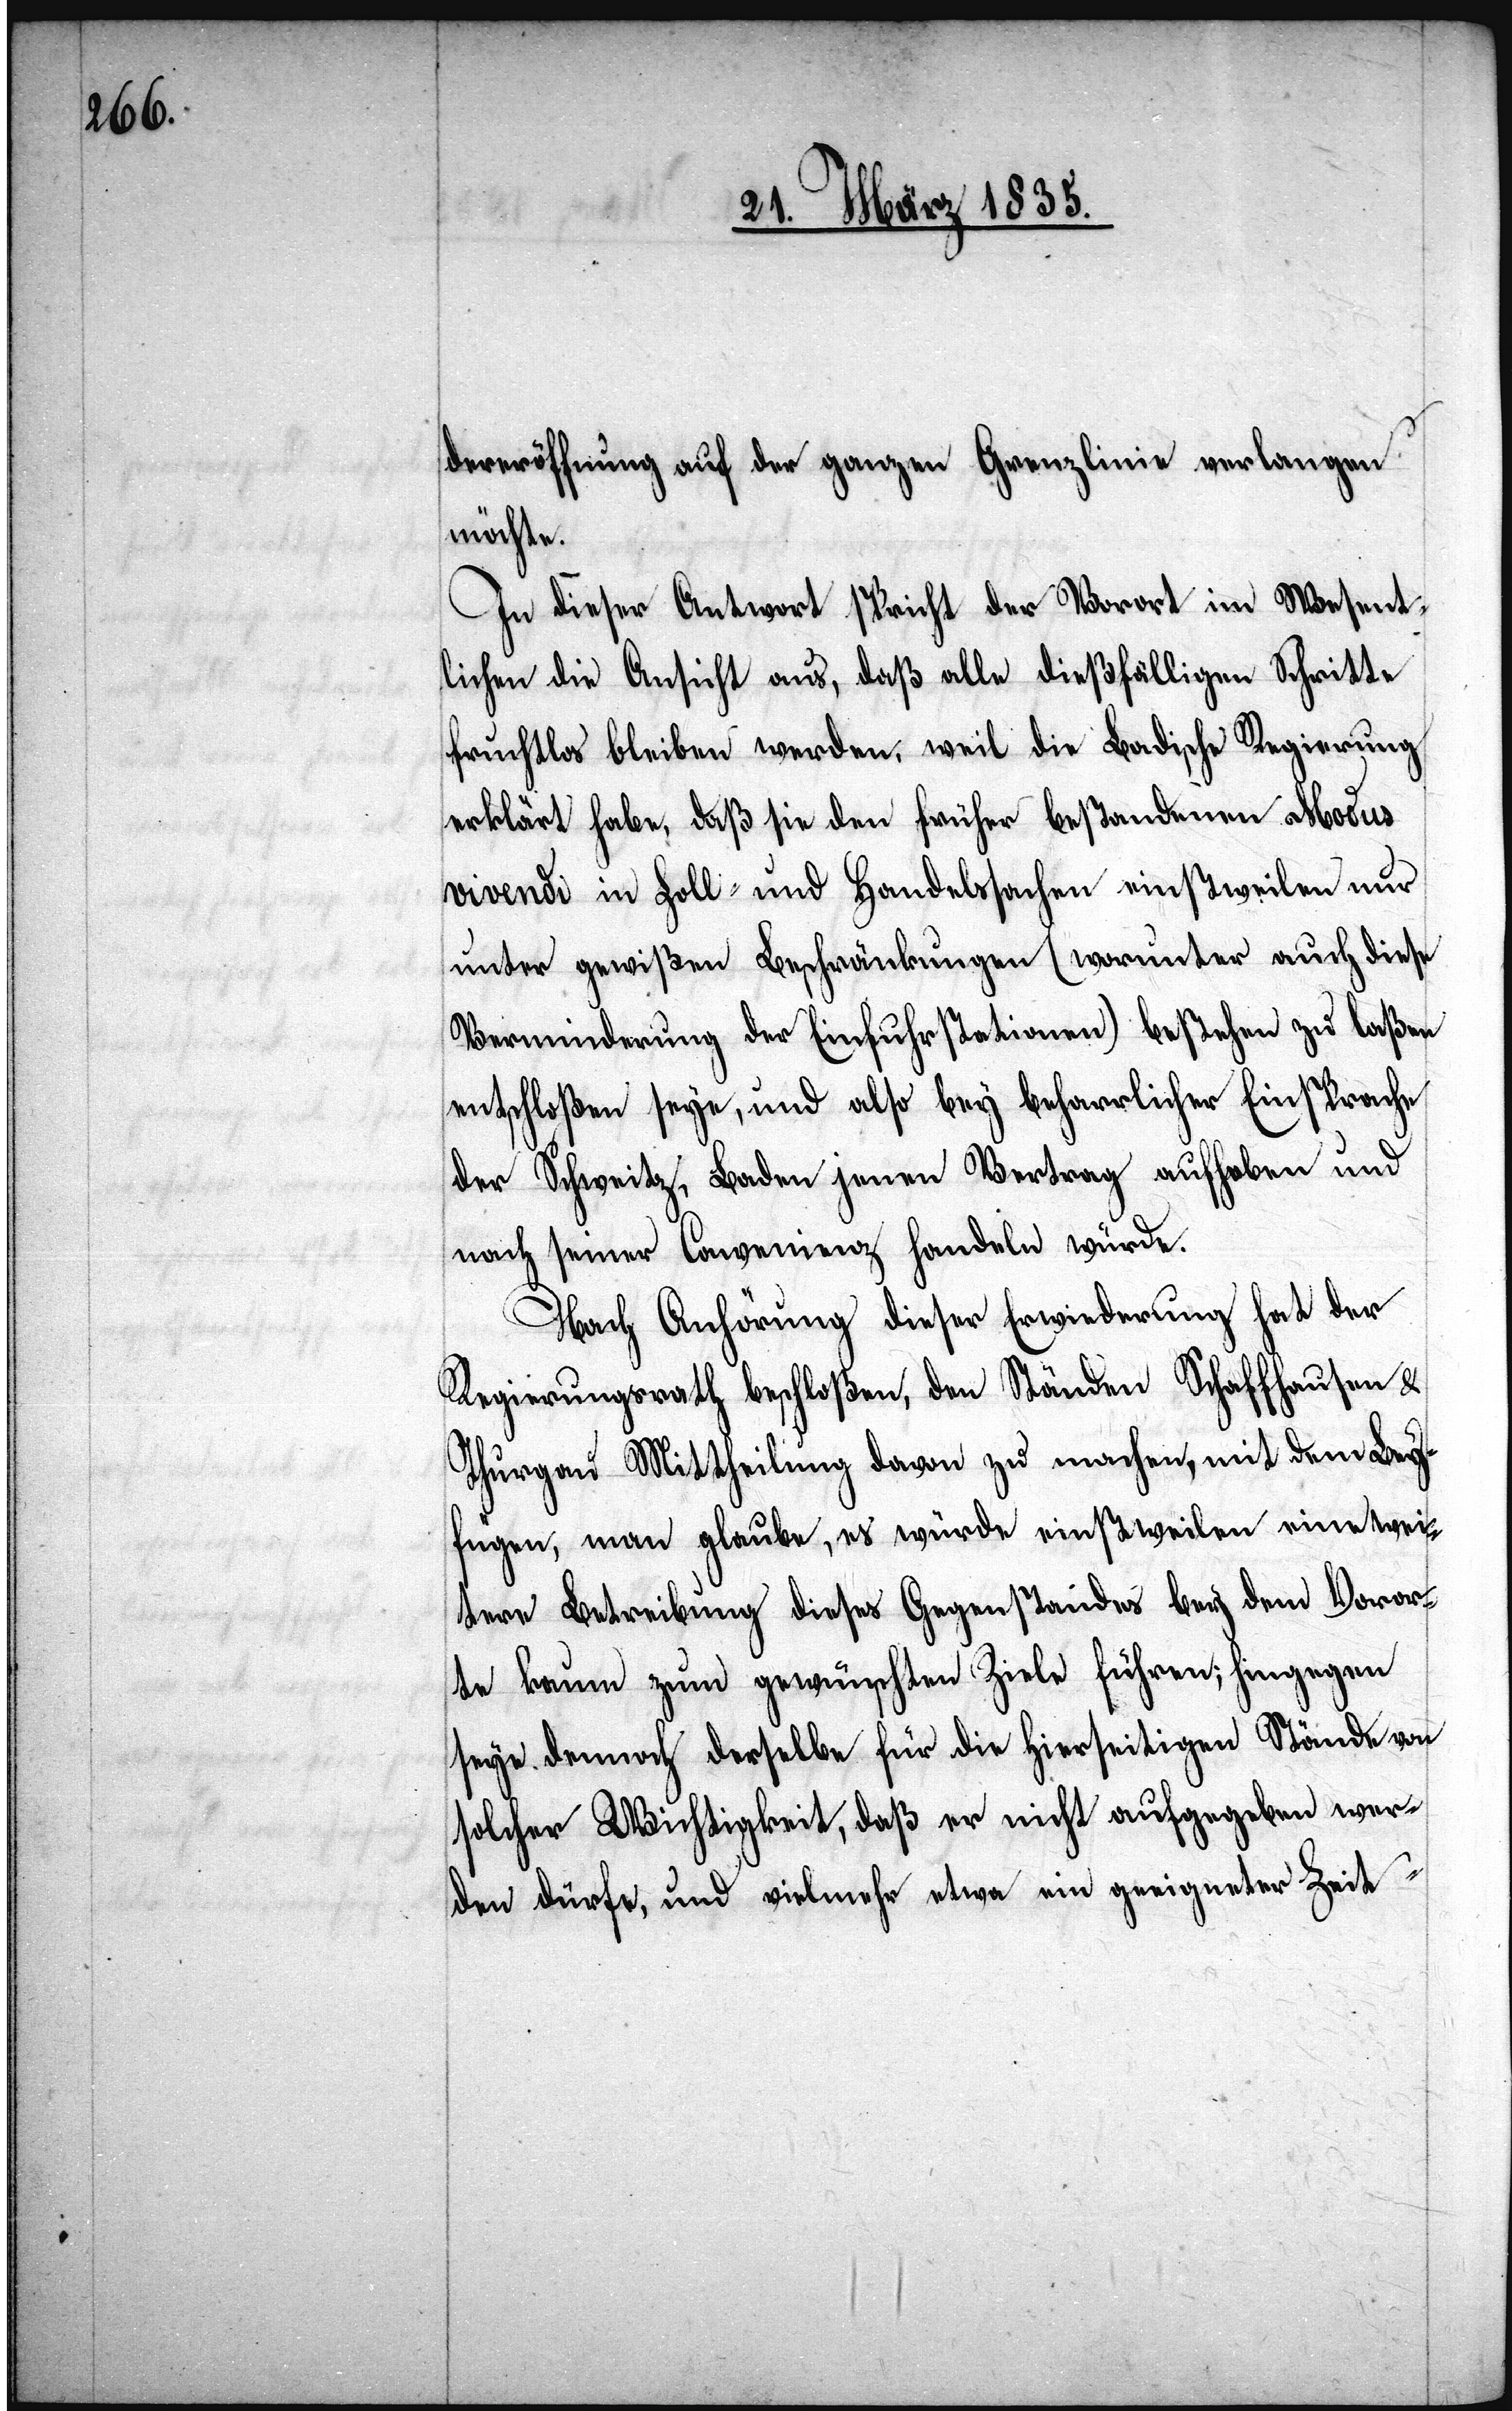
dereröffnung auf der ganzen Grenzlinie verlangen
möchte.
In dieser Antwort spricht der Vorort im Wesent¬
lichen die Ansicht aus, daß alle dießfälligen Schritte
fruchtlos bleiben werden, weil die Badische Regierung
erklärt habe, daß sie den früher bestandenen Modus
vivendi in Zoll- und Handelssachen einstweilen nur
unter gewißen Beschränkungen (worunter auch diese
Verminderung der Einfuhrstationen) bestehen zu laßen
entschloßen seye, und also bey beharrlicher Einsprache
der Schweitz, Baden jenen Vertrag aufheben und
nach seiner Convenienz handeln würde.
Nach Anhörung dieser Erwiederung hat der
Regierungsrath beschloßen, den Ständen Schaffhausen &
Thurgau Mittheilung davon zu machen, mit dem Bey¬
fügen, man glaube, es würde einstweilen eine wei¬
tere Betreibung dieses Gegenstandes bey dem Voror¬
te kaum zum gewünschten Ziele führen; hingegen
seye dennoch derselbe für die hierseitigen Stände von
solcher Wichtigkeit, daß er nicht aufgegeben wer¬
den dürfe, und vielmehr etwa ein geeigneter Zeit-